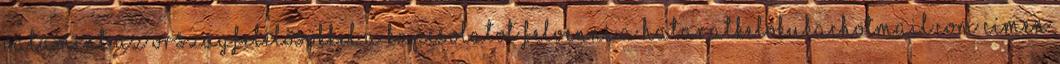
valamint az országfelelősökkel a kapcsolatot felvenni a hataratkeloKUKAChotmail.com címen